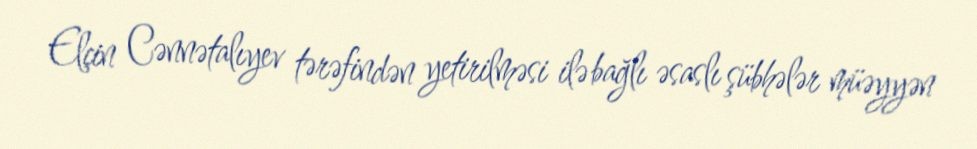
Elçin Cənnətalıyev tərəfindən yetirilməsi ilə bağlı əsaslı şübhələr müəyyən